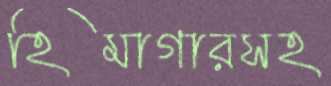
হিমাগারসহ